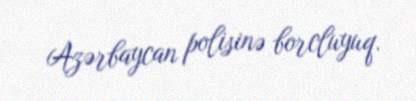
Azərbaycan polisinə borcluyuq.